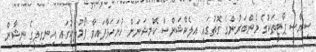
ސިޔާސީ ޕާޓީތަކުގެ މެންބަރުންގެ ގޮތުގައި އިލެކްޝަންސް ކޮމިޝަނަށް ހުށަހަޅާފައިވާ ފޯމުތަކުގައި އިނގިލީގެ ނިޝާން